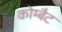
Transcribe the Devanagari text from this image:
कोम्बैट